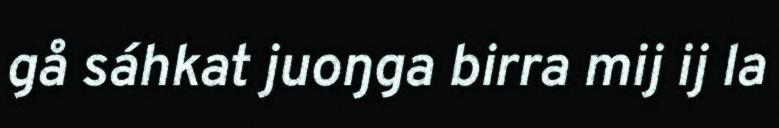
gå sáhkat juoŋga birra mij ij la